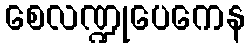
စေလဏ္ဍုပေကေန